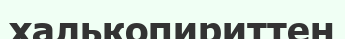
халькопириттен